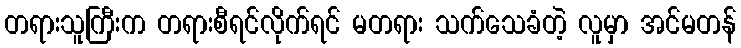
တရားသူကြီးက တရားစီရင်လိုက်ရင် မတရား သက်သေခံတဲ့ လူမှာ အင်မတန်